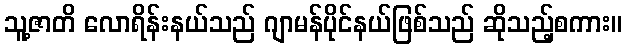
သူ့ဇာတိ လောရိန်းနယ်သည် ဂျာမန်ပိုင်နယ်ဖြစ်သည် ဆိုသည့်စကား။